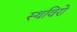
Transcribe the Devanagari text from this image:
स्थविरो